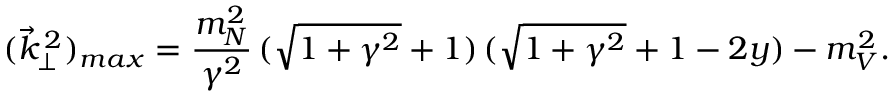
( \vec { k } _ { \perp } ^ { \, 2 } ) _ { m a x } = \frac { m _ { N } ^ { 2 } } { \gamma ^ { 2 } } \, ( \sqrt { 1 + \gamma ^ { 2 } } + 1 ) \, ( \sqrt { 1 + \gamma ^ { 2 } } + 1 - 2 y ) - m _ { V } ^ { 2 } .